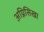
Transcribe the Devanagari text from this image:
अग्निसिखा